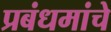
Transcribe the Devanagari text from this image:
प्रबंधमांचे